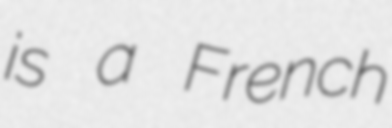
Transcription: is a French